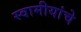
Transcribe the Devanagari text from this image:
स्वामीयांचे